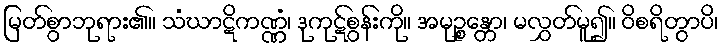
မြတ်စွာဘုရား၏။ သံဃာဋိကဏ္ဏံ၊ ဒုကုဋ်စွန်းကို။ အမုဉ္စန္တော၊ မလွှတ်မူ၍။ ဝိစရိတွာပိ၊